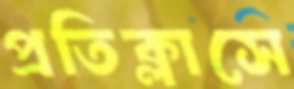
প্রতিক্লাসে